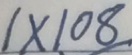
1 \times 1 0 8